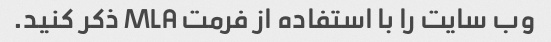
وب سایت را با استفاده از فرمت MLA ذکر کنید.